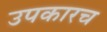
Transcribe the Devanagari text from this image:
उपकारच